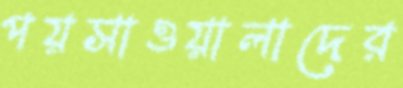
পয়সাওয়ালাদের